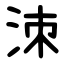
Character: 洓